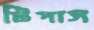
টিপাস